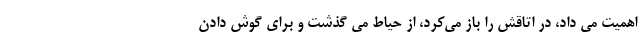
اهمیت می داد، در اتاقش را باز می‌کرد، از حیاط می گذشت و برای گوش دادن